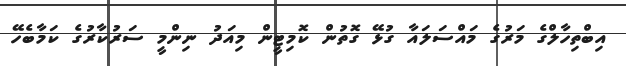
އިބްތިހާލްގެ މަރުގެ މައްސަލައާ ގުޅޭ ގޮތުން ކޮމިޓީން މިއަދު ނިންމީ ސަރުކާރުގެ ކަމާބެހޭ